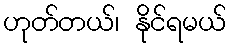
ဟုတ်တယ်၊ နိုင်ရမယ်